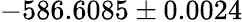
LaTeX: -586.6085\pm 0.0024